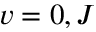
v = 0 , J